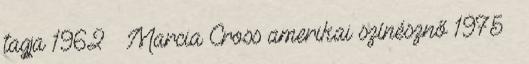
tagja 1962 – Marcia Cross amerikai színésznő 1975 –